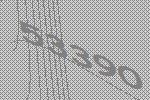
53390